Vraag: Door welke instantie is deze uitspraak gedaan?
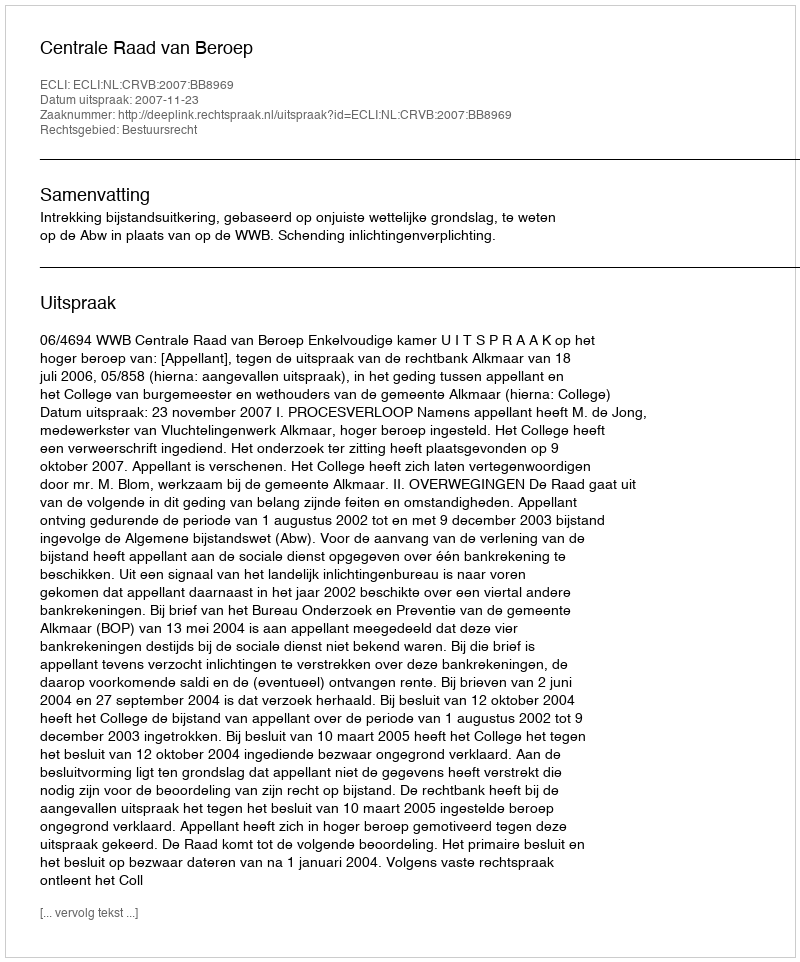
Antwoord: Centrale Raad van Beroep